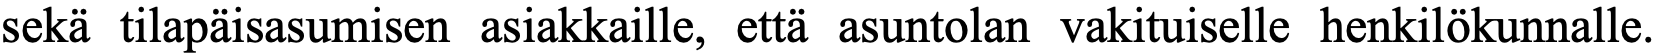
sekä tilapäisasumisen asiakkaille, että asuntolan vakituiselle henkilökunnalle.